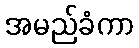
အမည်ခံကာ